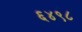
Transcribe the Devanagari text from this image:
६४९८